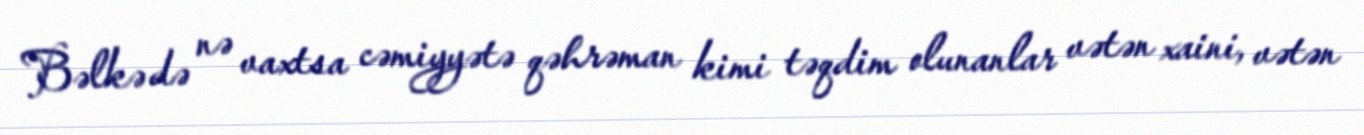
Bəlkə də nə vaxtsa cəmiyyətə qəhrəman kimi təqdim olunanlar vətən xaini, vətən